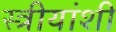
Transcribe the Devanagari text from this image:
स्त्रीयांशी